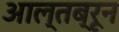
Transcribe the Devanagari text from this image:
आल्तब्रून